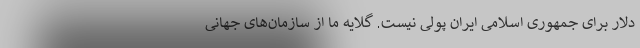
دلار برای جمهوری اسلامی ایران پولی نیست. گلایه ما از سازمان‌های جهانی